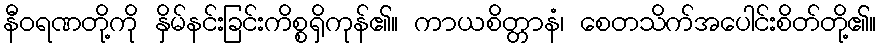
နီဝရဏတို့ကို နှိမ်နင်းခြင်းကိစ္စရှိကုန်၏။ ကာယစိတ္တာနံ၊ စေတသိက်အပေါင်းစိတ်တို့၏။